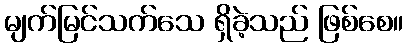
မျက်မြင်သက်သေ ရှိခဲ့သည် ဖြစ်စေ။